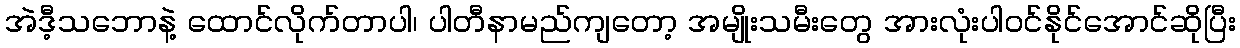
အဲဒီ့သဘောနဲ့ ထောင်လိုက်တာပါ၊ ပါတီနာမည်ကျတော့ အမျိုးသမီးတွေ အားလုံးပါဝင်နိုင်အောင်ဆိုပြီး